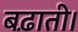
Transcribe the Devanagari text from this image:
बढ़ाती।